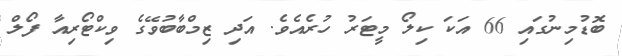
ބޮޑުމިނުގައި 66 އަކަ ކިލޯ މީޓަރު ހުރެއެވެ. އަދި ޒިމްބާބުވޭގެ ވިކްޓޯރިއާ ފޯލް